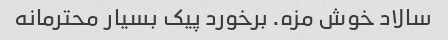
سالاد خوش مزه. برخورد پیک بسیار محترمانه